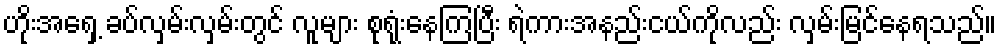
ဟိုးအရှေ့ ခပ်လှမ်းလှမ်းတွင် လူများ စုရုံးနေကြပြီး ရဲကားအနည်းငယ်ကိုလည်း လှမ်းမြင်နေရသည်။